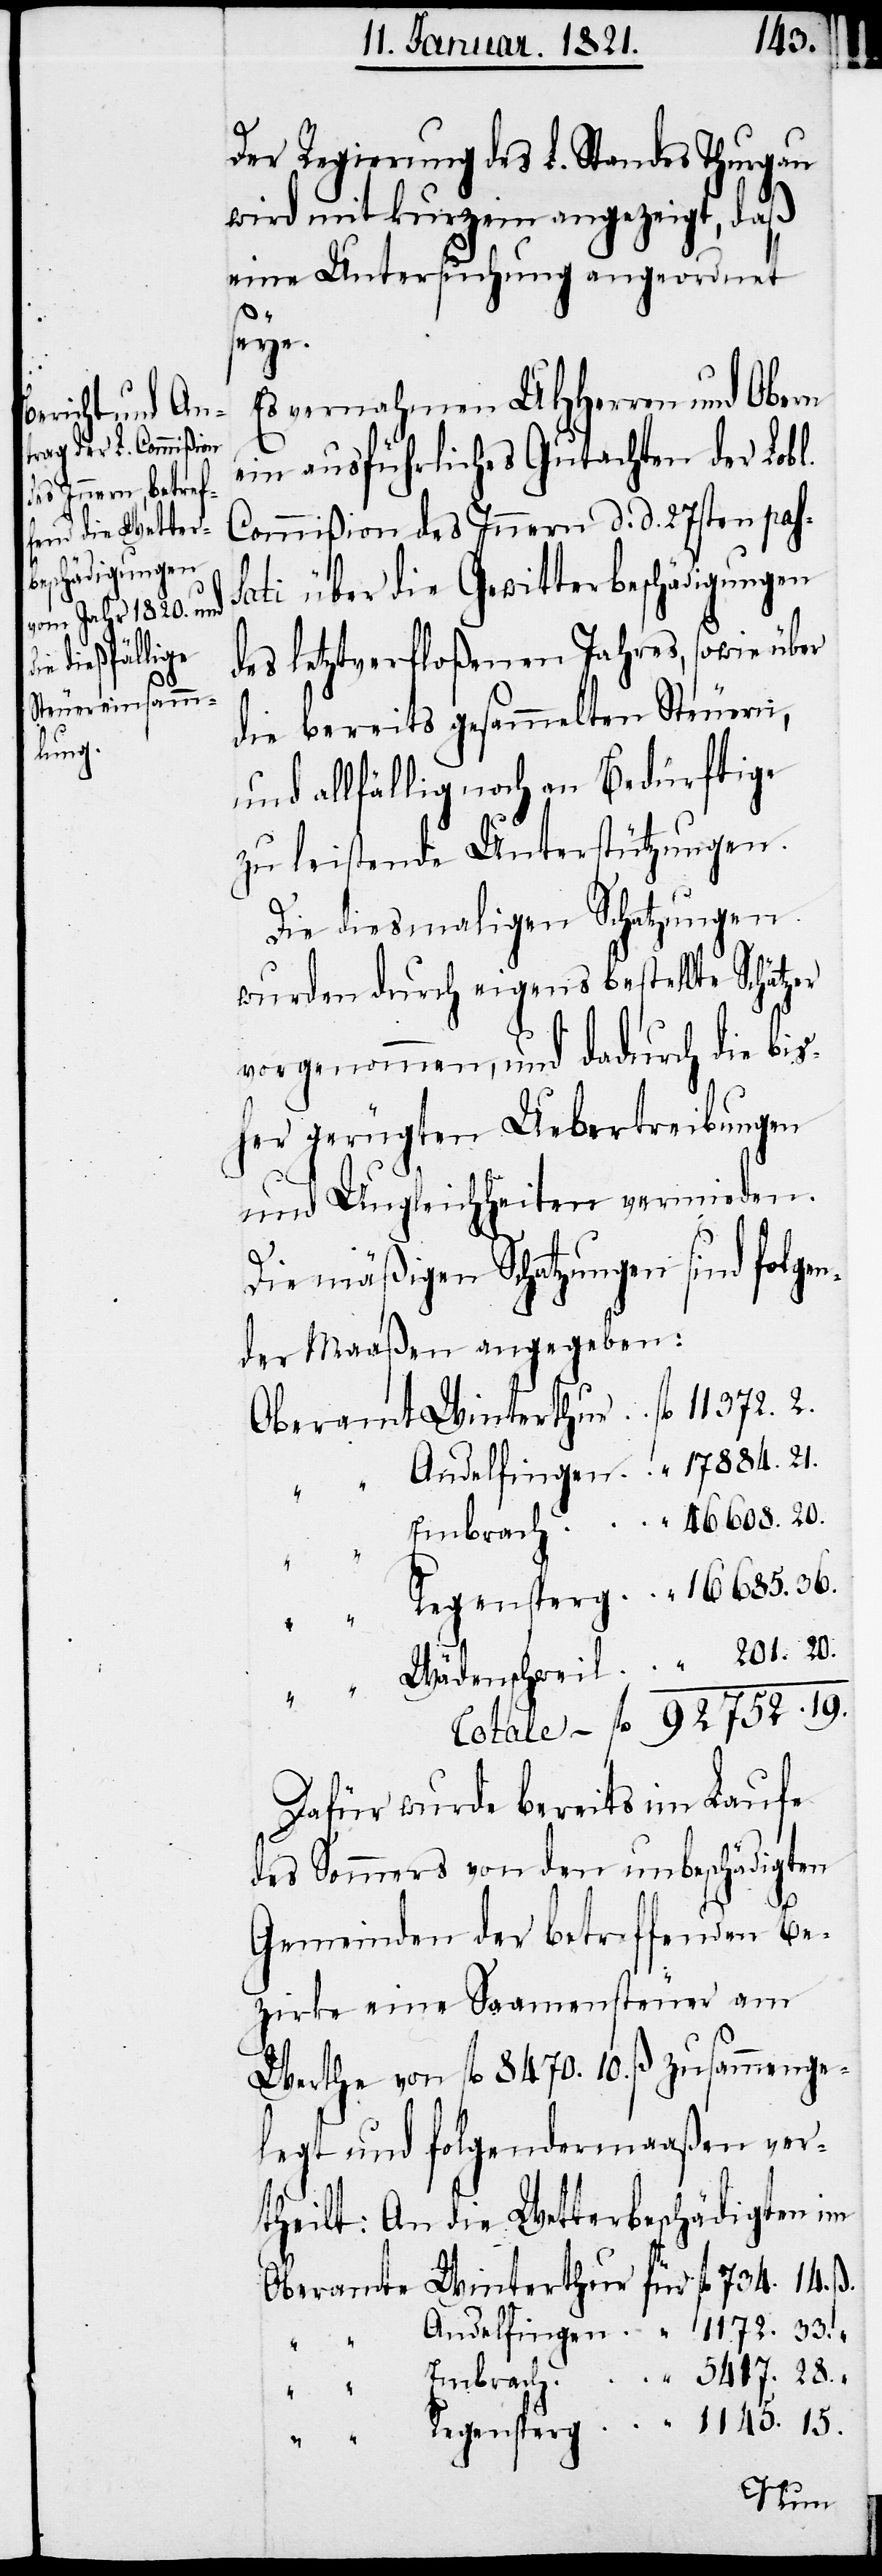
Regensperg

1145.
Der Regierung des L. Standes Thurgau
wird mit kurzem angezeigt, daß
eine Untersuchung angeordnet
seye.
vernahmen UHHerren und Obern
ein ausführliches Gutachten der Lobl.
Commißion des Innern d. d. 27sten pas¬
sati über die Gewitterbeschädigungen
des letztverfloßenen Jahres, sowie über
die bereits gesammelten Steuern,
und allfällig noch an Bedürftige
zu leitende Unterstützungen.
Die diesmaligen Schatzungen
wurden durch eigens bestellte Schätzer
vorgenommen, und dadurch die bis¬
her gerügten Uebertreibungen
und Ungleichheiten vermieden.
15.
Die mäßigen Schatzungen sind folgen¬
der Maaßen angegeben:
Dafür wurde bereits im Laufe
des Sommers von den unbeschädigten
5417.
Gemeinden der betreffenden Be¬
zirke eine Saamensteuer am
Werthe von fl. 8470. 10. ß zusammenge¬
legt und folgendermaaßen ver¬
theilt: An die Wetterbeschädigten im
Embrach
46
2.